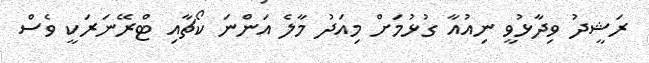
ރަޝީދު ވިދާޅުވީ ނިއުއާ ގުޅުމަށް މިއަދު މާލެ އަންނަ ކޯޗާއި ޓްރޭނަރަކީ ވެސް